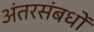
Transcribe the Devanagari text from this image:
अंतरसंबधों